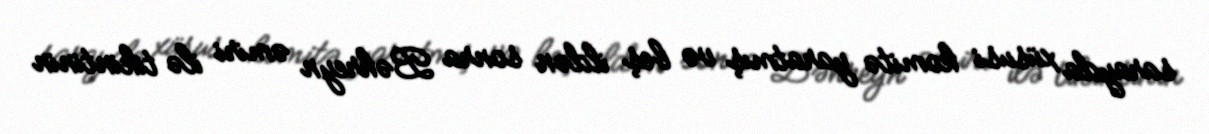
sarayda xüsusi komitə yaratmış və beş ildən sonra Bəhreyn əmiri ilə tikintinin